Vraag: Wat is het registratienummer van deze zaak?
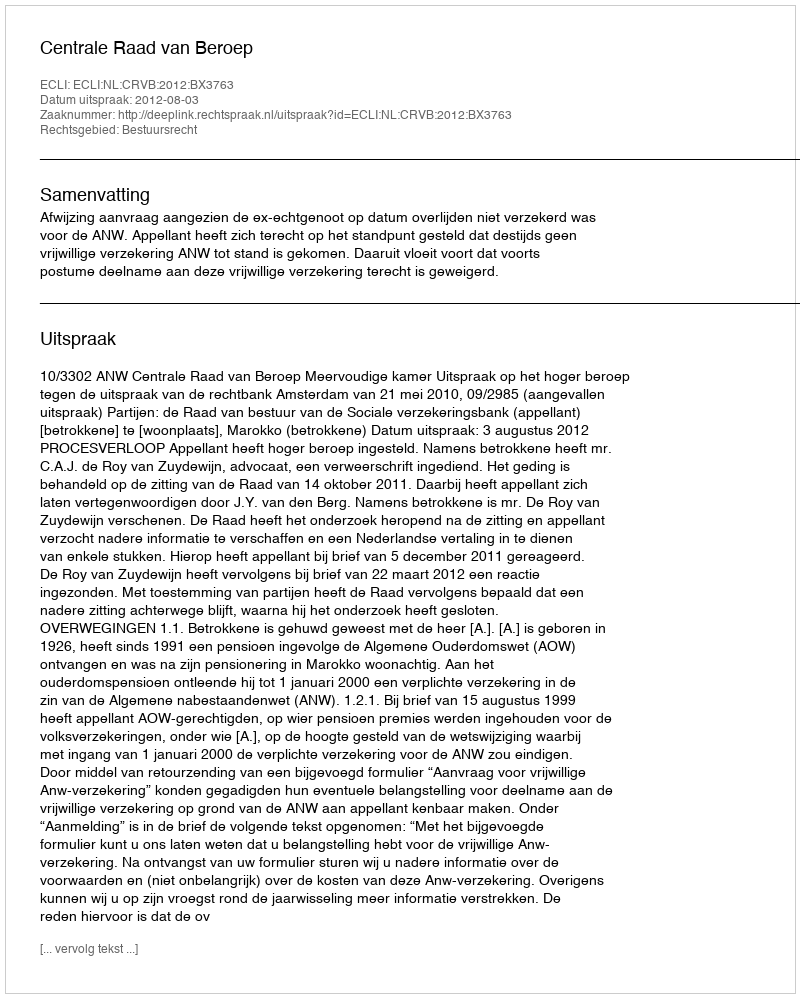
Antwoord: http://deeplink.rechtspraak.nl/uitspraak?id=ECLI:NL:CRVB:2012:BX3763